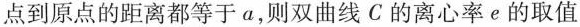
点到原点的距离都等于a，则双曲线C的离心率e的取值